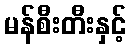
မန်စီးတီးနှင့်